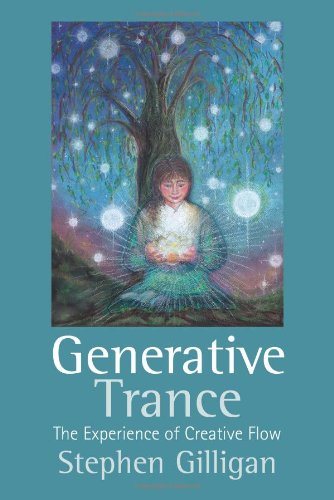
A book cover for Generative Trance: Third Generation Trance Work; Stephen Gilligan; Health, Fitness & Dieting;